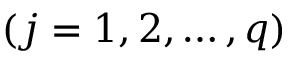
( j = 1 , 2 , \ldots , q )